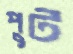
পুট